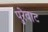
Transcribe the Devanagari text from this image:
पुरेवाट